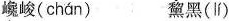
巉峻( chán ) 黧黑(lí)